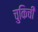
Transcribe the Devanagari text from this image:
चुकिची